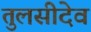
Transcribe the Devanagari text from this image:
तुलसीदेव